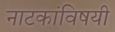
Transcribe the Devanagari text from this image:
नाटकांविषयी